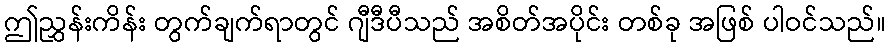
ဤညွှန်းကိန်း တွက်ချက်ရာတွင် ဂျီဒီပီသည် အစိတ်အပိုင်း တစ်ခု အဖြစ် ပါဝင်သည်။